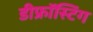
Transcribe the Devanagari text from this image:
डीफ्रॉस्टिंग